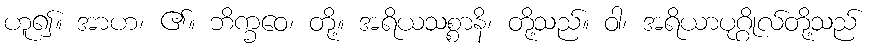
ဟူ၍။ အာဟ၊ ၏။ ဘိက္ခဝေ၊ တို့။ အရိယသစ္စာနိ၊ တို့သည်။ ဝါ၊ အရိယာပုဂ္ဂိုလ်တို့သည်